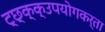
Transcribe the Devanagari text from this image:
ट्छ्क्क्उपयोगकर्ता